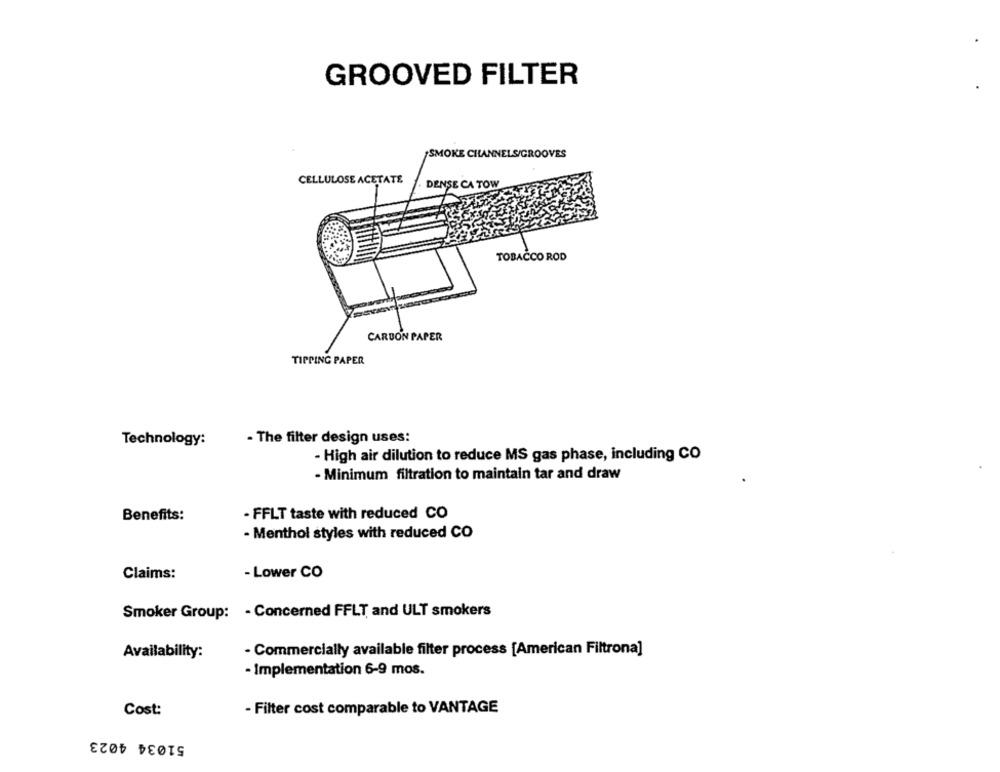
GROOVED FILTER
SMOKE CHANNELS/GROOVES
CELLULOSE ACETATE
DENSE CA TOW
TOBACCO ROD
CARBON PAPER
TIPPING PAPER
- The filter design uses:
Technology:
- High air dilution to reduce MS gas phase, including CO
- Minimum filtration to maintain tar and draw
Benefits:
- FFLT taste with reduced CO
- Menthol styles with reduced CO
Claims:
- Lower CO
Smoker Group: - Concerned FFLT and ULT smokers
Availability:
- Commercially available filter process [American Filtrona]
- Implementation 6-9 mos.
- Filter cost comparable to VANTAGE
Cost:
51034 4023